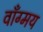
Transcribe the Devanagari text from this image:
वाँग्मय